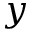
y